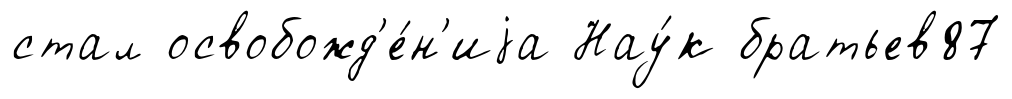
стал освобожд'е́н'иjа Нау́к братьев87